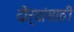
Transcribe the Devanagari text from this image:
दौर्‍यांसाठी